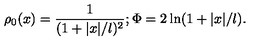
\rho _ { 0 } ( x ) = { \frac { 1 } { ( 1 + | x | / l ) ^ { 2 } } } ; \Phi = 2 \ln ( 1 + | x | / l ) .